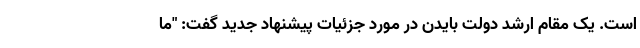
است. یک مقام ارشد دولت بایدن در مورد جزئیات پیشنهاد جدید گفت: "ما